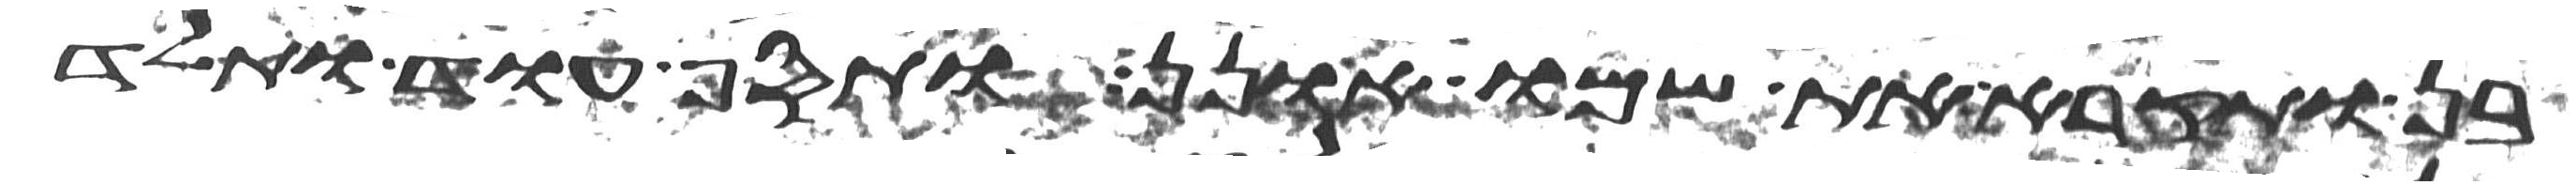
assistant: בן ותקרא את שמו אונן ותסף עוד ותלד